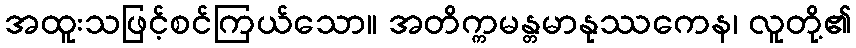
အထူးသဖြင့်စင်ကြယ်သော။ အတိက္ကမန္တမာနုဿကေန၊ လူတို့၏